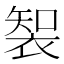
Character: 𮖑